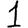
Digit: 1